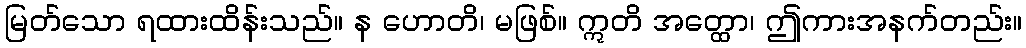
မြတ်သော ရထားထိန်းသည်။ န ဟောတိ၊ မဖြစ်။ ဣတိ အတ္ထော၊ ဤကားအနက်တည်း။